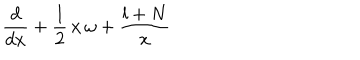
\frac { d } { d x } + \frac { 1 } { 2 } \, x \, \omega + \frac { l + N } { x }